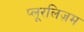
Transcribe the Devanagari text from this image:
प्लूरलिज़म